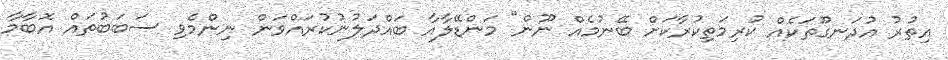
އިތުރު އުދަނގޫތަކެއް ކުރިމަތިކުރާކަށް ބޭނުމެއް ނޫން" މަންޑޭލާއާ ބައްދަލުނުކުރައްވަން ނިންމެވި ސަބަބުތައް އޮބާމާ